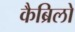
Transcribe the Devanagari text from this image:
कैब्रिलो